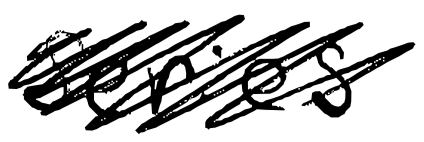
Text: series
Cross-out: scratch
Writing tool: digital_black